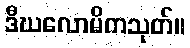
ဒီဃလောမိကသုတ်။